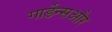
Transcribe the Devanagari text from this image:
गार्डेन्सऔर